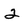
Character: 2